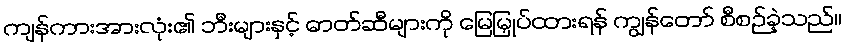
ကျန်ကားအားလုံး၏ ဘီးများနှင့် ဓာတ်ဆီများကို မြေမြှုပ်ထားရန် ကျွန်တော် စီစဉ်ခဲ့သည်။